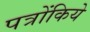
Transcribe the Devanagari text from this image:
पत्रोंकिये